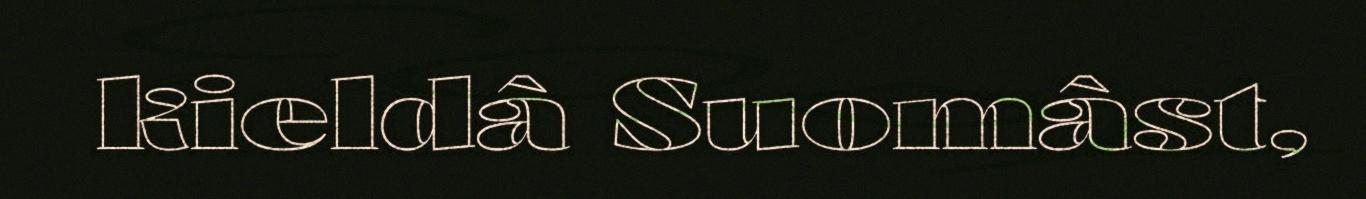
kieldâ Suomâst,